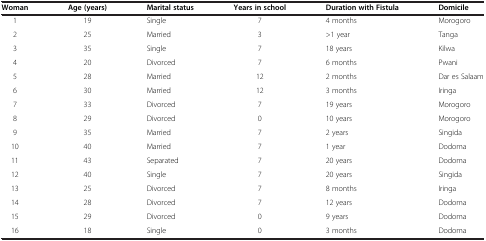
<table><thead><tr><td><b>Woman</b></td><td><b>Age (years)</b></td><td><b>Marital status</b></td><td><b>Years in school</b></td><td><b>Duration with Fistula</b></td><td><b>Domicile</b></td></tr></thead><tbody><tr><td>1</td><td>19</td><td>Single</td><td>7</td><td>4 months</td><td>Morogoro</td></tr><tr><td>2</td><td>25</td><td>Married</td><td>3</td><td>&gt;1 year</td><td>Tanga</td></tr><tr><td>3</td><td>35</td><td>Single</td><td>7</td><td>18 years</td><td>Kilwa</td></tr><tr><td>4</td><td>20</td><td>Divorced</td><td>7</td><td>6 months</td><td>Pwani</td></tr><tr><td>5</td><td>28</td><td>Married</td><td>12</td><td>2 months</td><td>Dar es Salaam</td></tr><tr><td>6</td><td>30</td><td>Married</td><td>12</td><td>3 months</td><td>Iringa</td></tr><tr><td>7</td><td>33</td><td>Divorced</td><td>7</td><td>19 years</td><td>Morogoro</td></tr><tr><td>8</td><td>29</td><td>Divorced</td><td>0</td><td>10 years</td><td>Morogoro</td></tr><tr><td>9</td><td>35</td><td>Married</td><td>7</td><td>2 years</td><td>Singida</td></tr><tr><td>10</td><td>40</td><td>Married</td><td>7</td><td>1 year</td><td>Dodoma</td></tr><tr><td>11</td><td>43</td><td>Separated</td><td>7</td><td>20 years</td><td>Dodoma</td></tr><tr><td>12</td><td>40</td><td>Single</td><td>7</td><td>20 years</td><td>Singida</td></tr><tr><td>13</td><td>25</td><td>Divorced</td><td>7</td><td>8 months</td><td>Iringa</td></tr><tr><td>14</td><td>28</td><td>Divorced</td><td>7</td><td>12 years</td><td>Dodoma</td></tr><tr><td>15</td><td>29</td><td>Divorced</td><td>0</td><td>9 years</td><td>Dodoma</td></tr><tr><td>16</td><td>18</td><td>Single</td><td>0</td><td>3 months</td><td>Dodoma</td></tr></tbody></table>